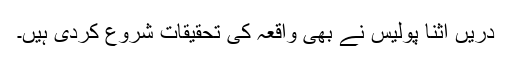
دریں اثنا پولیس نے بھی واقعہ کی تحقیقات شروع کردی ہیں۔